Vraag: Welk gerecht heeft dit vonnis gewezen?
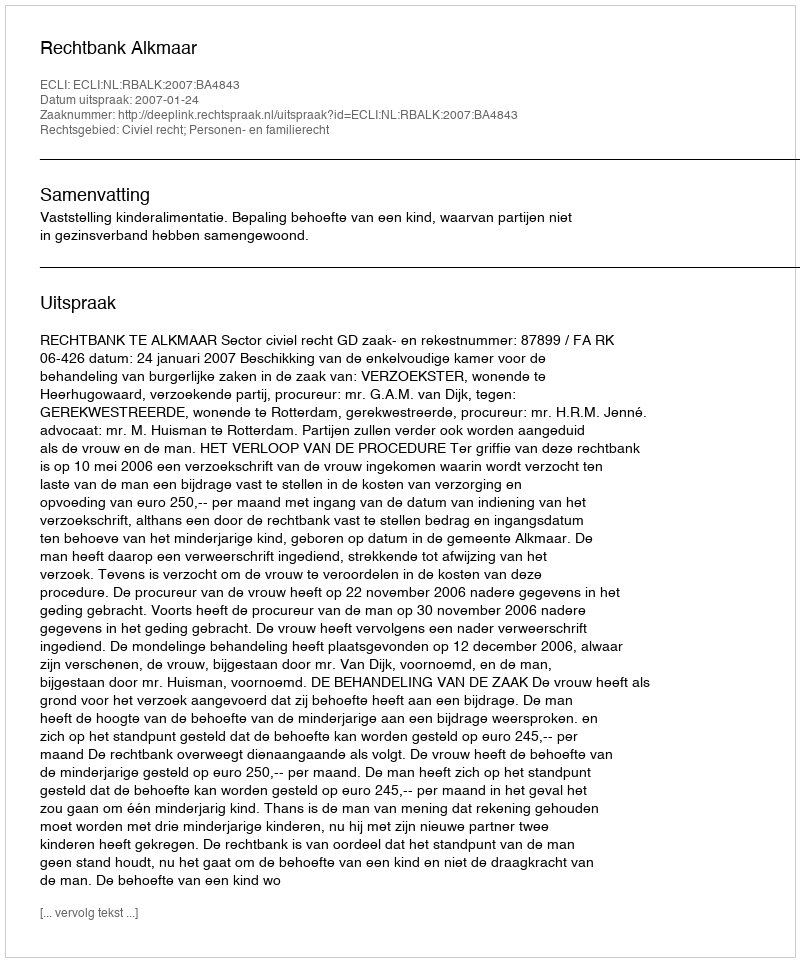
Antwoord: Rechtbank Alkmaar